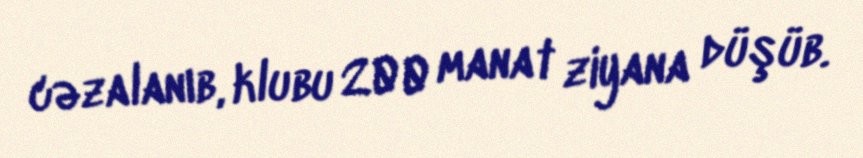
cəzalanıb, klubu 200 manat ziyana düşüb.